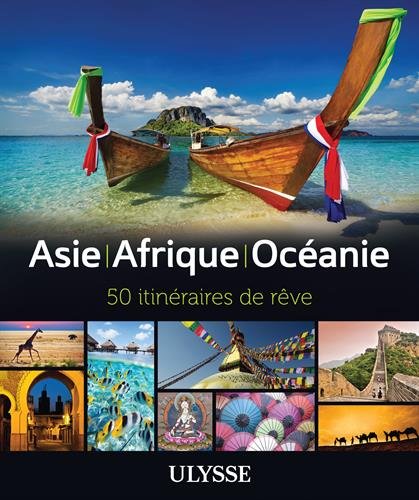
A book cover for El Salvador (Ulysses Travel Guides); Eric Hamovitch; Travel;